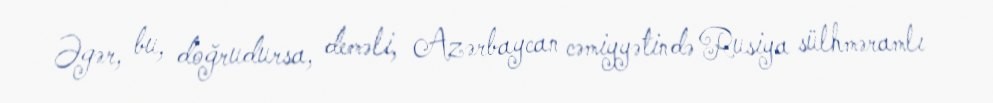
Əgər, bu, doğrudursa, deməli, Azərbaycan cəmiyyətində Rusiya sülhməramlı